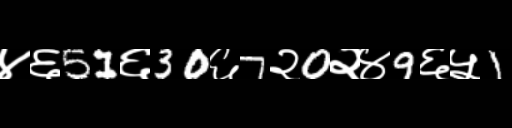
Text: ४६51६30६7२0२४9६५1